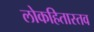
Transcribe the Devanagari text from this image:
लोकहितास्तव